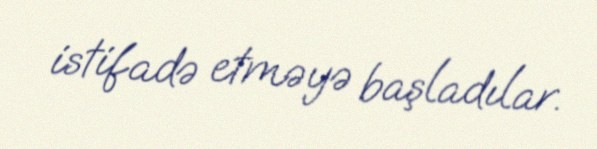
istifadə etməyə başladılar.